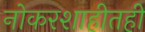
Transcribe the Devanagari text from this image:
नोकरशाहीतही